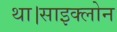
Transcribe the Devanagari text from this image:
था।साइक्लोन